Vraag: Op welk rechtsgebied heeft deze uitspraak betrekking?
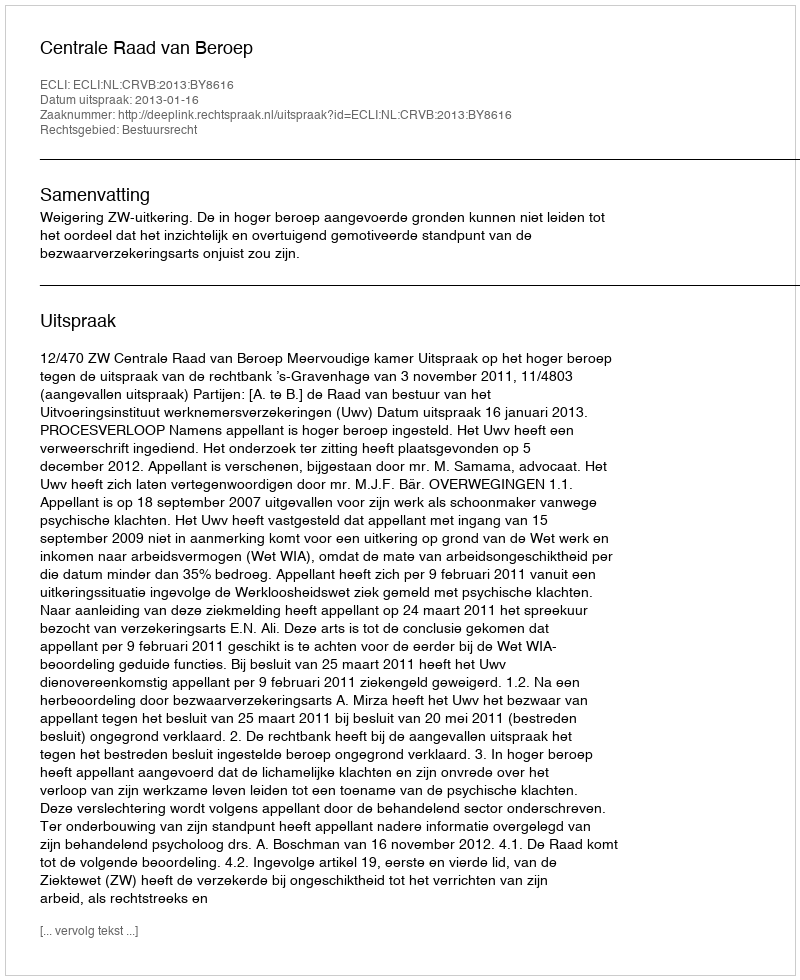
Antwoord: Bestuursrecht